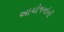
આયોજનોની